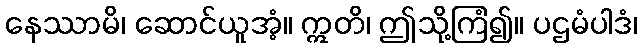
နေဿာမိ၊ ဆောင်ယူအံ့။ ဣတိ၊ ဤသို့ကြံ၍။ ပဌမံပါဒံ၊